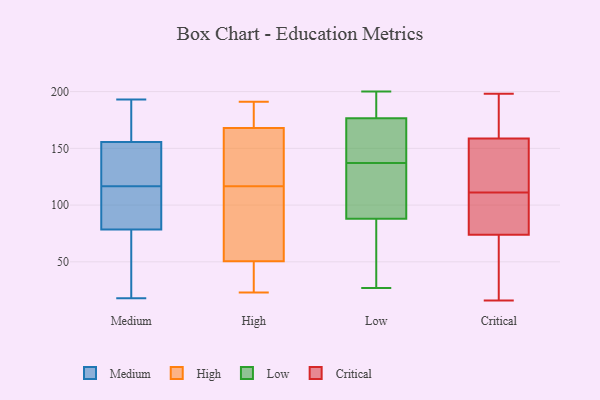
{"axis": {"x": "Humidity (%)", "y": "Value"}, "legend": ["Critical", "High", "Low", "Medium"], "data": [{"x": "", "y": 193, "type": "Medium"}, {"x": "", "y": 157, "type": "Medium"}, {"x": "", "y": 86, "type": "Medium"}, {"x": "", "y": 122, "type": "Medium"}, {"x": "", "y": 114, "type": "Medium"}, {"x": "", "y": 148, "type": "Medium"}, {"x": "", "y": 104, "type": "Medium"}, {"x": "", "y": 39, "type": "Medium"}, {"x": "", "y": 154, "type": "Medium"}, {"x": "", "y": 163, "type": "Medium"}, {"x": "", "y": 159, "type": "Medium"}, {"x": "", "y": 107, "type": "Medium"}, {"x": "", "y": 71, "type": "Medium"}, {"x": "", "y": 32, "type": "Medium"}, {"x": "", "y": 18, "type": "Medium"}, {"x": "", "y": 119, "type": "Medium"}, {"x": "", "y": 192, "type": "Medium"}, {"x": "", "y": 102, "type": "Medium"}, {"x": "", "y": 129, "type": "Medium"}, {"x": "", "y": 40, "type": "Medium"}, {"x": "", "y": 115, "type": "High"}, {"x": "", "y": 67, "type": "High"}, {"x": "", "y": 88, "type": "High"}, {"x": "", "y": 183, "type": "High"}, {"x": "", "y": 118, "type": "High"}, {"x": "", "y": 28, "type": "High"}, {"x": "", "y": 181, "type": "High"}, {"x": "", "y": 27, "type": "High"}, {"x": "", "y": 127, "type": "High"}, {"x": "", "y": 143, "type": "High"}, {"x": "", "y": 159, "type": "High"}, {"x": "", "y": 191, "type": "High"}, {"x": "", "y": 89, "type": "High"}, {"x": "", "y": 34, "type": "High"}, {"x": "", "y": 177, "type": "High"}, {"x": "", "y": 23, "type": "High"}, {"x": "", "y": 195, "type": "Low"}, {"x": "", "y": 193, "type": "Low"}, {"x": "", "y": 200, "type": "Low"}, {"x": "", "y": 170, "type": "Low"}, {"x": "", "y": 77, "type": "Low"}, {"x": "", "y": 152, "type": "Low"}, {"x": "", "y": 159, "type": "Low"}, {"x": "", "y": 99, "type": "Low"}, {"x": "", "y": 73, "type": "Low"}, {"x": "", "y": 27, "type": "Low"}, {"x": "", "y": 196, "type": "Low"}, {"x": "", "y": 178, "type": "Low"}, {"x": "", "y": 53, "type": "Low"}, {"x": "", "y": 131, "type": "Low"}, {"x": "", "y": 65, "type": "Low"}, {"x": "", "y": 108, "type": "Low"}, {"x": "", "y": 143, "type": "Low"}, {"x": "", "y": 175, "type": "Low"}, {"x": "", "y": 107, "type": "Low"}, {"x": "", "y": 113, "type": "Low"}, {"x": "", "y": 125, "type": "Critical"}, {"x": "", "y": 178, "type": "Critical"}, {"x": "", "y": 72, "type": "Critical"}, {"x": "", "y": 136, "type": "Critical"}, {"x": "", "y": 86, "type": "Critical"}, {"x": "", "y": 158, "type": "Critical"}, {"x": "", "y": 160, "type": "Critical"}, {"x": "", "y": 111, "type": "Critical"}, {"x": "", "y": 16, "type": "Critical"}, {"x": "", "y": 144, "type": "Critical"}, {"x": "", "y": 23, "type": "Critical"}, {"x": "", "y": 63, "type": "Critical"}, {"x": "", "y": 93, "type": "Critical"}, {"x": "", "y": 198, "type": "Critical"}, {"x": "", "y": 79, "type": "Critical"}, {"x": "", "y": 110, "type": "Critical"}, {"x": "", "y": 58, "type": "Critical"}, {"x": "", "y": 177, "type": "Critical"}, {"x": "", "y": 159, "type": "Critical"}]}